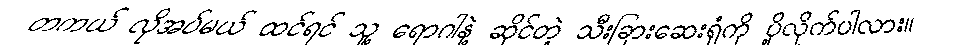
တကယ် လိုအပ်မယ် ထင်ရင် သူ့ ရောဂါနဲ့ ဆိုင်တဲ့ သီးခြားဆေးရုံကို ပို့လိုက်ပါလား။